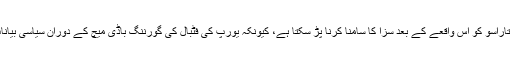
قابل ذکر ہے کہ دمتری تاراسو کو اِس واقعے کے بعد سزا کا سامنا کرنا پڑ سکتا ہے، کیونکہ یورپ کی فٹبال کی گورننگ باڈی میچ کے دوران سیاسی بیانات کی اجازت نہیں دیتی۔